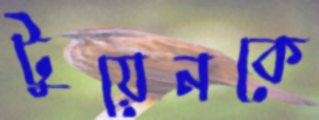
টুয়েনকে